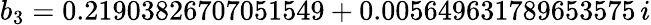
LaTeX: b_{3}=0.21903826707051549+0.005649631789653575\, i